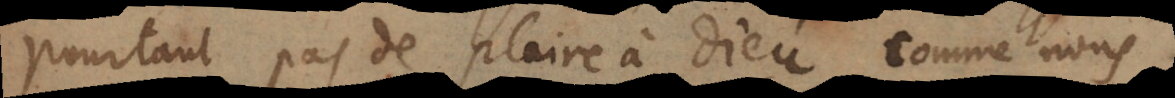
pourtant pas de plaire à Dieu, comme nou